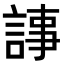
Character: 𧨴